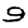
Digit: 9